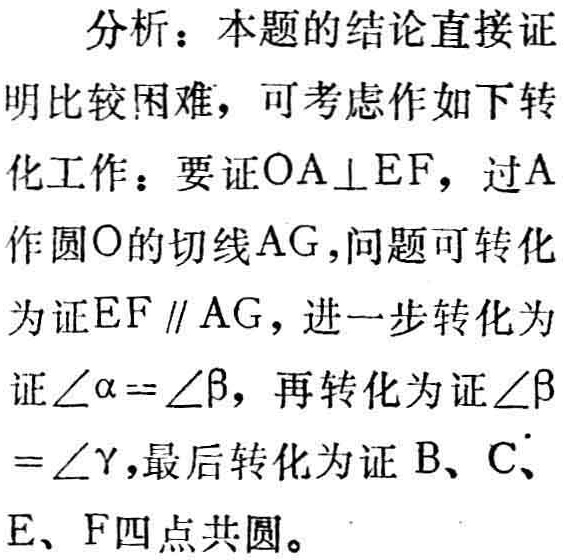
分析：本题的结论直接证
明比较困难，可考虑作如下转
化工作：要证\(OA\perp EF\)，过\(A\)
作圆\(O\)的切线\(AG\)，问题可转化
为证\(EF\parallel AG\)，进一步转化为
证\(\angle\alpha = \angle\beta\)，再转化为证\(\angle\beta\)
\(=\angle\gamma\)，最后转化为证\(B、C、\)
\(E、F\)四点共圆。